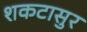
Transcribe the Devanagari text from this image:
शकटासुर